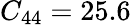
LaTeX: C_{44}=25.6